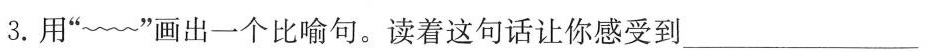
3. 用”~”画出一个比喻句。读着这句话让你感受到___